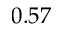
0 . 5 7